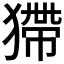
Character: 𤠹